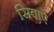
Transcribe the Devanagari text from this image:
सिवाऐ